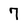
Character: 7